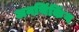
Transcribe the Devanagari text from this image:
अनथिंकिंग